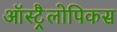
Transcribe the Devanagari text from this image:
ऑस्ट्रैलोपिकस